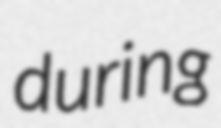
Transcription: during